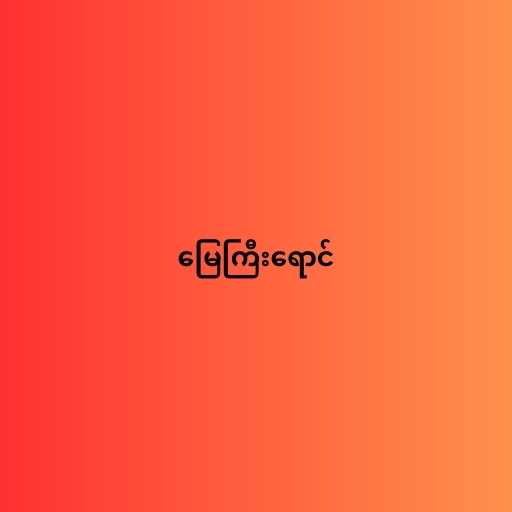
မြေကြီးရောင်